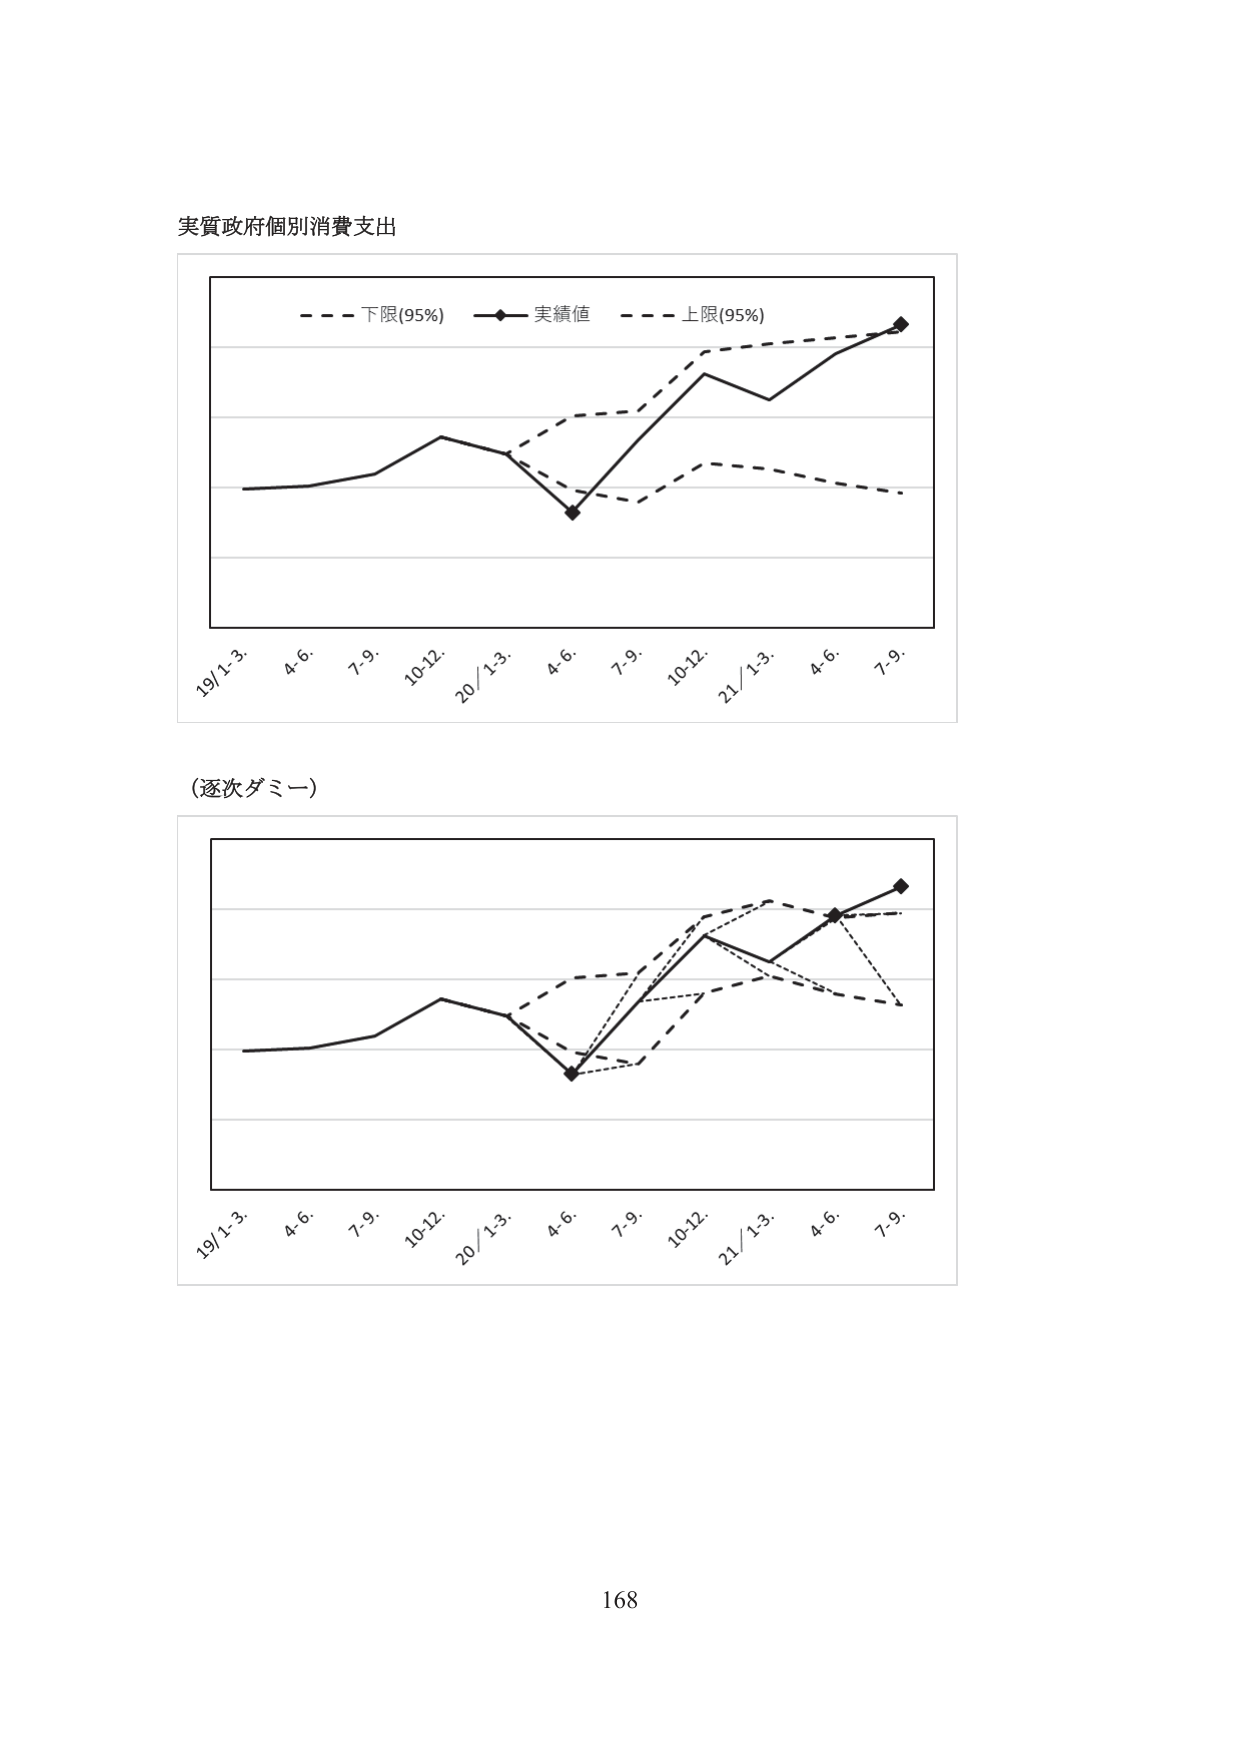
実質政府個別消費支出

- - - 下限(95%)   ◆ 実績値   - - - 上限(95%)

19/1-3.   4-6.   7-9.   10-12.   20/1-3.   4-6.   7-9.   10-12.   21/1-3.   4-6.   7-9.

（逐次ダミー）

19/1-3.   4-6.   7-9.   10-12.   20/1-3.   4-6.   7-9.   10-12.   21/1-3.   4-6.   7-9.

168